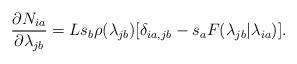
LaTeX: \begin{align*} \frac{\partial N_{ia}}{\partial \lambda_{jb}} = Ls_b \rho(\lambda_{jb})[\delta_{ia,jb} - s_aF(\lambda_{jb}|\lambda_{ia})].\end{align*}